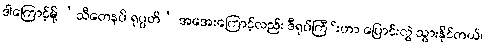
ဒါကြောင့်မို့ ‘သီတေနပိ ရုပ္ပတိ’ အအေးကြောင့်လည်း ဒီရုပ်ကြီ်းဟာ ပြောင်းလွဲ သွားနိုင်တယ်၊